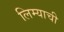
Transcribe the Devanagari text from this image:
लिम्याची